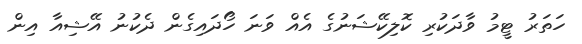
ހަތަރު ޓީމު ވާދަކުރި ކޮލިކޭޝަނުގެ އެއް ވަނަ ހޯދައިގެން ދެކުނު އޭޝިއާ އިން